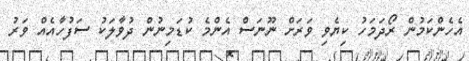
އެހެންކަމުން ރޯދަމަހު ކިޔެވި ވަރަށް ނޫނަސް އެންމެ ކުޑަމިނުން ދުވާލަކު ސަފުހާއެއް ވަރު